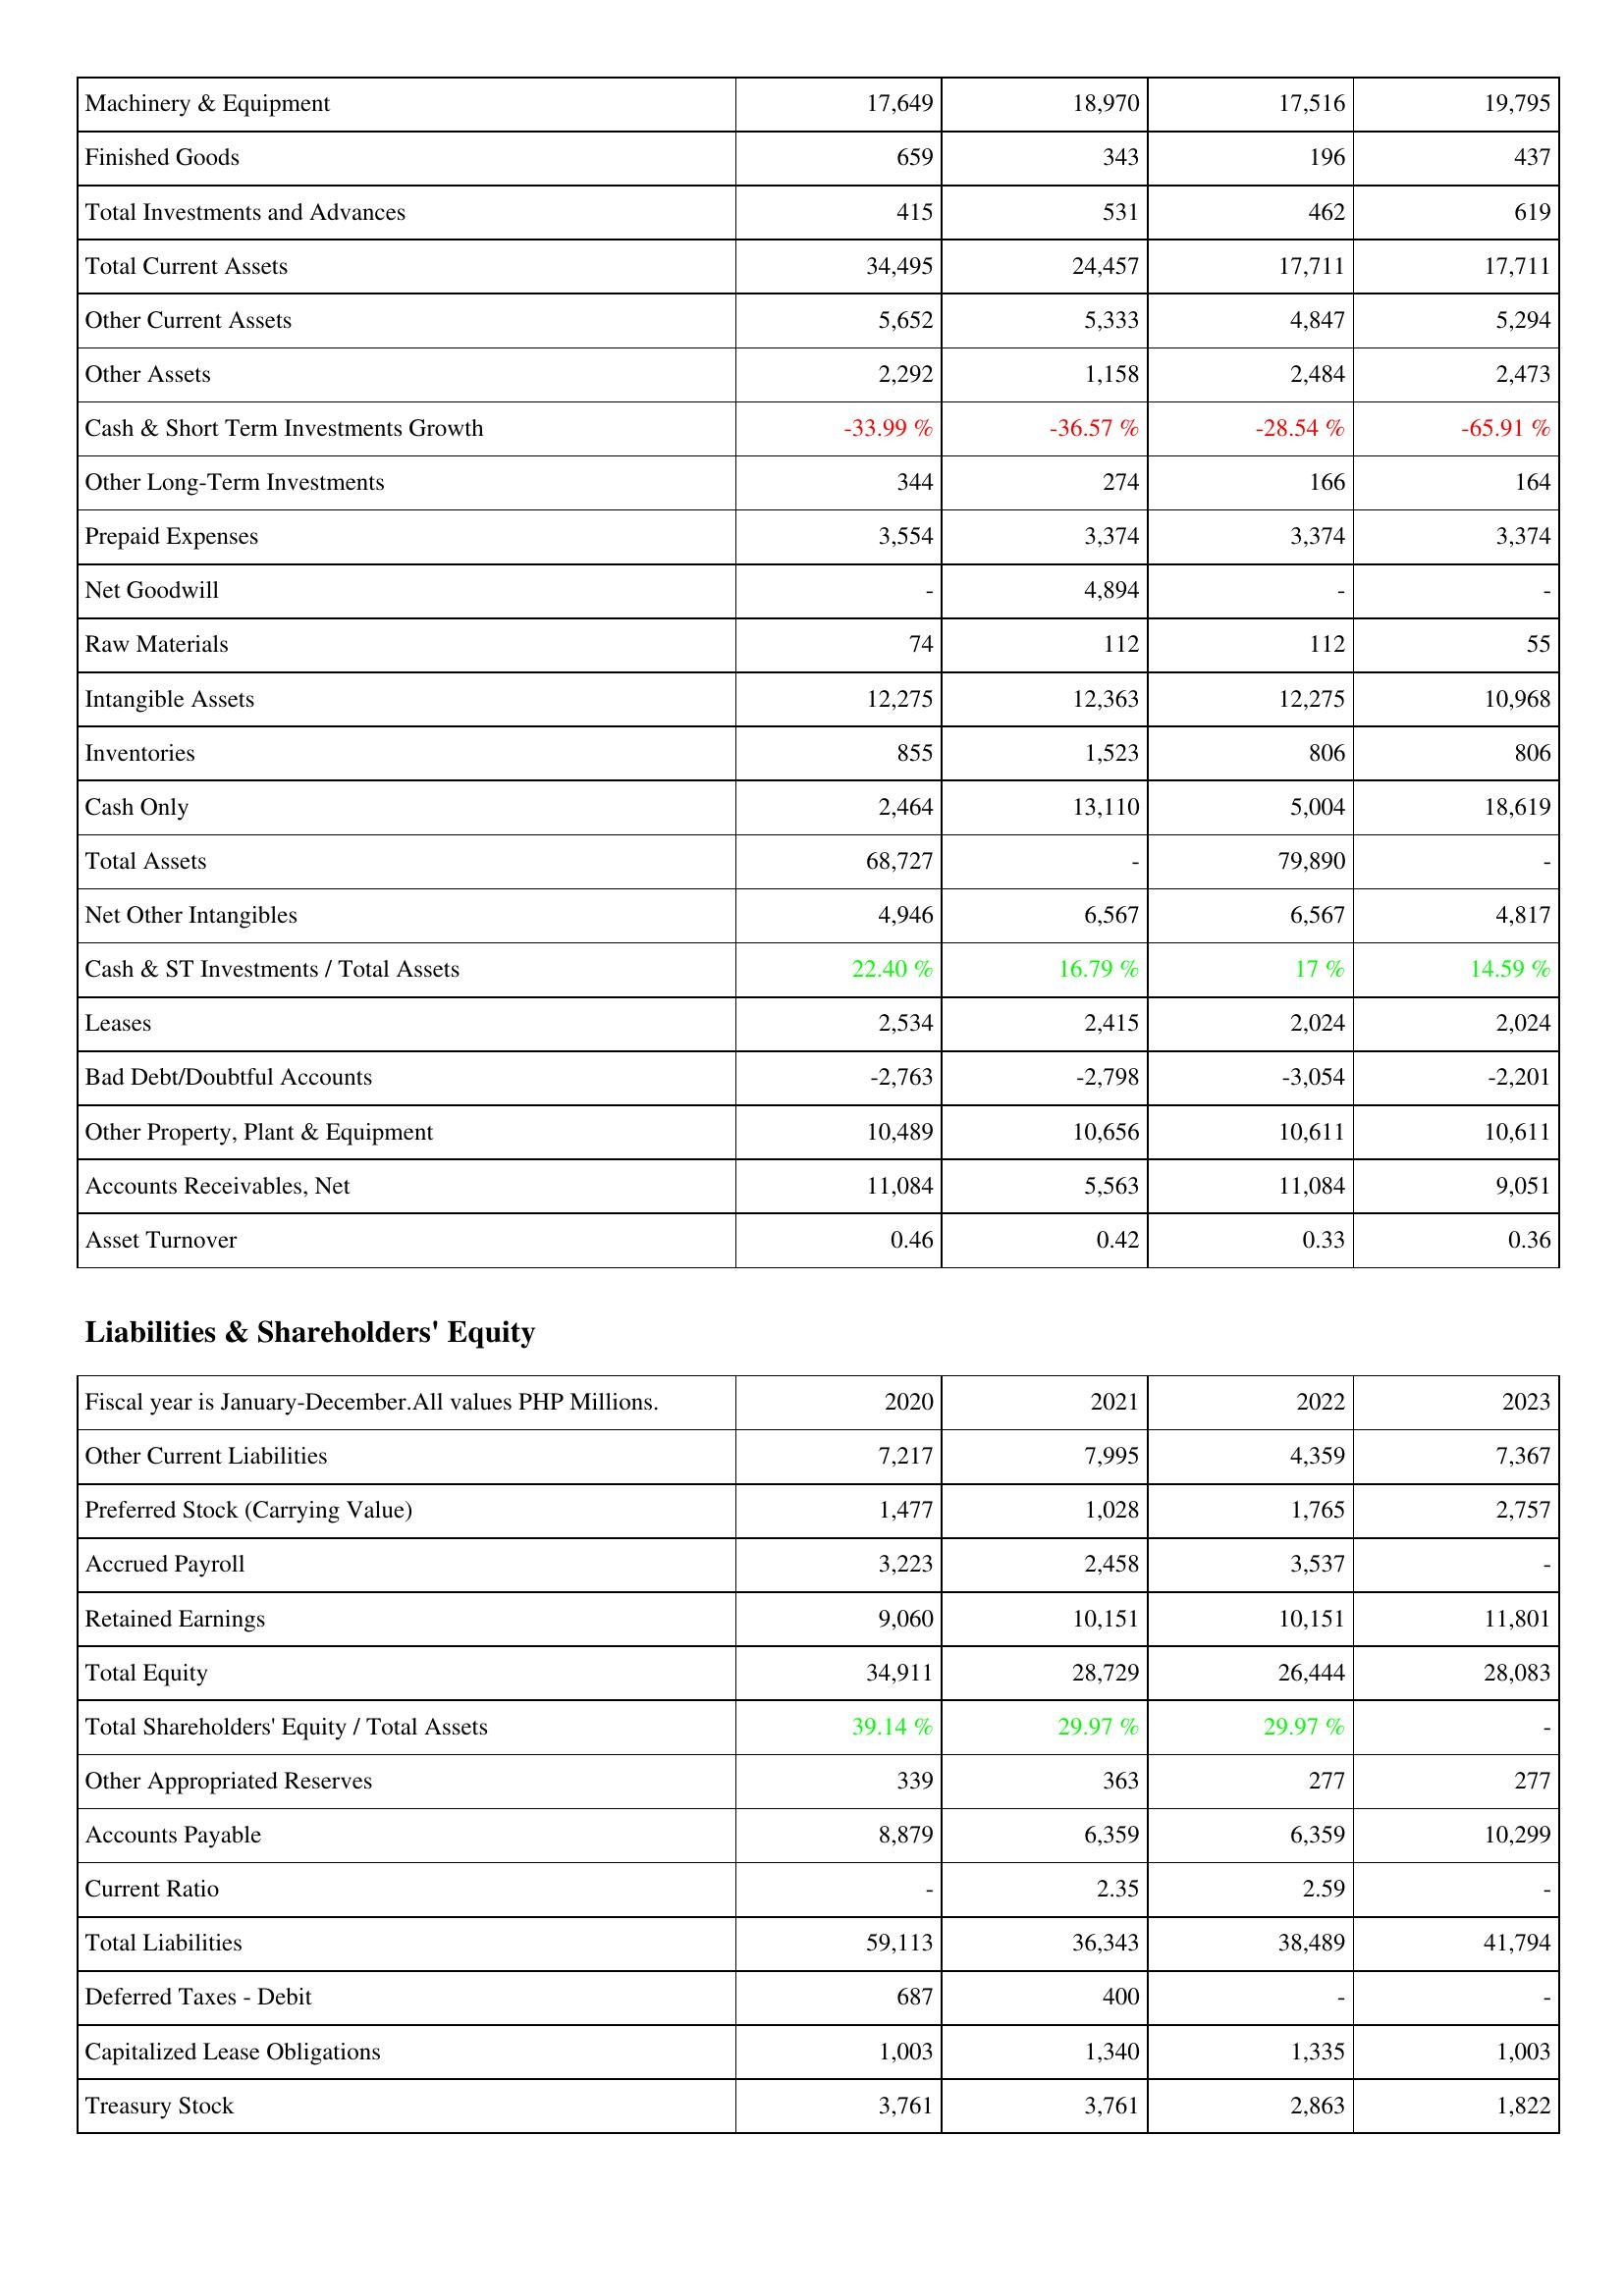
2020: Assets: Machinery & Equipment: 17,649
Finished Goods: 659
Total Investments and Advances: 415
Total Current Assets: 34,495
Other Current Assets: 5,652
Other Assets: 2,292
Cash & Short Term Investments Growth: -33.99 %
Other Long-Term Investments: 344
Prepaid Expenses: 3,554
Net Goodwill: -
Raw Materials: 74
Intangible Assets: 12,275
Inventories: 855
Cash Only: 2,464
Total Assets: 68,727
Net Other Intangibles: 4,946
Cash & ST Investments / Total Assets: 22.40 %
Leases: 2,534
Bad Debt/Doubtful Accounts: -2,763
Other Property, Plant & Equipment: 10,489
Accounts Receivables, Net: 11,084
Asset Turnover: 0.46
Liabilities & Shareholders' Equity: Other Current Liabilities: 7,217
Preferred Stock (Carrying Value): 1,477
Accrued Payroll: 3,223
Retained Earnings: 9,060
Total Equity: 34,911
Total Shareholders' Equity / Total Assets: 39.14 %
Other Appropriated Reserves: 339
Accounts Payable: 8,879
Current Ratio: -
Total Liabilities: 59,113
Deferred Taxes - Debit: 687
Capitalized Lease Obligations: 1,003
Treasury Stock: 3,761
2021: Assets: Machinery & Equipment: 18,970
Finished Goods: 343
Total Investments and Advances: 531
Total Current Assets: 24,457
Other Current Assets: 5,333
Other Assets: 1,158
Cash & Short Term Investments Growth: -36.57 %
Other Long-Term Investments: 274
Prepaid Expenses: 3,374
Net Goodwill: 4,894
Raw Materials: 112
Intangible Assets: 12,363
Inventories: 1,523
Cash Only: 13,110
Total Assets: -
Net Other Intangibles: 6,567
Cash & ST Investments / Total Assets: 16.79 %
Leases: 2,415
Bad Debt/Doubtful Accounts: -2,798
Other Property, Plant & Equipment: 10,656
Accounts Receivables, Net: 5,563
Asset Turnover: 0.42
Liabilities & Shareholders' Equity: Other Current Liabilities: 7,995
Preferred Stock (Carrying Value): 1,028
Accrued Payroll: 2,458
Retained Earnings: 10,151
Total Equity: 28,729
Total Shareholders' Equity / Total Assets: 29.97 %
Other Appropriated Reserves: 363
Accounts Payable: 6,359
Current Ratio: 2.35
Total Liabilities: 36,343
Deferred Taxes - Debit: 400
Capitalized Lease Obligations: 1,340
Treasury Stock: 3,761
2022: Assets: Machinery & Equipment: 17,516
Finished Goods: 196
Total Investments and Advances: 462
Total Current Assets: 17,711
Other Current Assets: 4,847
Other Assets: 2,484
Cash & Short Term Investments Growth: -28.54 %
Other Long-Term Investments: 166
Prepaid Expenses: 3,374
Net Goodwill: -
Raw Materials: 112
Intangible Assets: 12,275
Inventories: 806
Cash Only: 5,004
Total Assets: 79,890
Net Other Intangibles: 6,567
Cash & ST Investments / Total Assets: 17 %
Leases: 2,024
Bad Debt/Doubtful Accounts: -3,054
Other Property, Plant & Equipment: 10,611
Accounts Receivables, Net: 11,084
Asset Turnover: 0.33
Liabilities & Shareholders' Equity: Other Current Liabilities: 4,359
Preferred Stock (Carrying Value): 1,765
Accrued Payroll: 3,537
Retained Earnings: 10,151
Total Equity: 26,444
Total Shareholders' Equity / Total Assets: 29.97 %
Other Appropriated Reserves: 277
Accounts Payable: 6,359
Current Ratio: 2.59
Total Liabilities: 38,489
Deferred Taxes - Debit: -
Capitalized Lease Obligations: 1,335
Treasury Stock: 2,863
2023: Assets: Machinery & Equipment: 19,795
Finished Goods: 437
Total Investments and Advances: 619
Total Current Assets: 17,711
Other Current Assets: 5,294
Other Assets: 2,473
Cash & Short Term Investments Growth: -65.91 %
Other Long-Term Investments: 164
Prepaid Expenses: 3,374
Net Goodwill: -
Raw Materials: 55
Intangible Assets: 10,968
Inventories: 806
Cash Only: 18,619
Total Assets: -
Net Other Intangibles: 4,817
Cash & ST Investments / Total Assets: 14.59 %
Leases: 2,024
Bad Debt/Doubtful Accounts: -2,201
Other Property, Plant & Equipment: 10,611
Accounts Receivables, Net: 9,051
Asset Turnover: 0.36
Liabilities & Shareholders' Equity: Other Current Liabilities: 7,367
Preferred Stock (Carrying Value): 2,757
Accrued Payroll: -
Retained Earnings: 11,801
Total Equity: 28,083
Total Shareholders' Equity / Total Assets: -
Other Appropriated Reserves: 277
Accounts Payable: 10,299
Current Ratio: -
Total Liabilities: 41,794
Deferred Taxes - Debit: -
Capitalized Lease Obligations: 1,003
Treasury Stock: 1,822